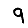
Digit: 9